Indian journal of veterinary science and animal husbandry - Volumes 15-17, 1948-1951
Year: 1948
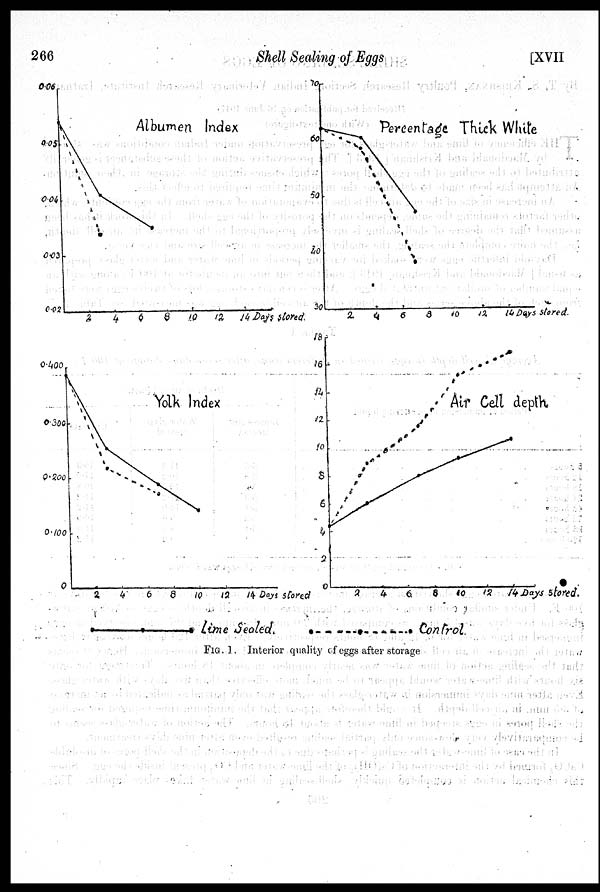
266
Shell Sealing of Eggs
[XVII
FIG. 1. Interior quality of eggs after storage